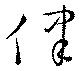
律